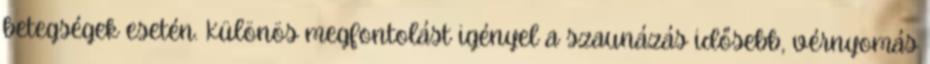
betegségek esetén. Különös megfontolást igényel a szaunázás idősebb, vérnyomás